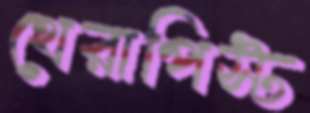
থেরাপিস্ট